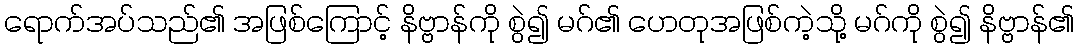
ရောက်အပ်သည်၏ အဖြစ်ကြောင့် နိဗ္ဗာန်ကို စွဲ၍ မဂ်၏ ဟေတုအဖြစ်ကဲ့သို့ မဂ်ကို စွဲ၍ နိဗ္ဗာန်၏